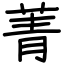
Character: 菁